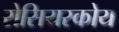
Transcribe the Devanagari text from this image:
रोसियस्कोय